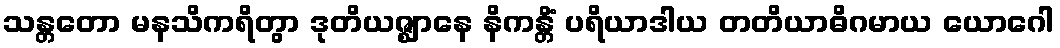
သန္တတော မနသိကရိတွာ ဒုတိယဇ္ဈာနေ နိကန္တိံ ပရိယာဒါယ တတိယာဓိဂမာယ ယောဂေါ